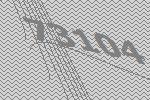
73104